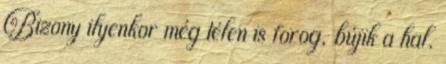
Bizony ilyenkor még télen is forog, bújik a hal.